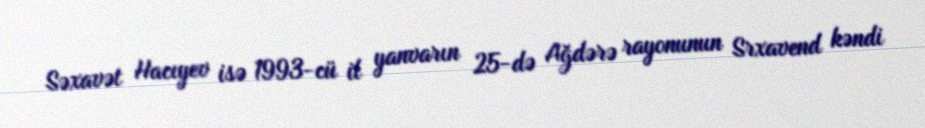
Səxavət Hacıyev isə 1993-cü il yanvarın 25-də Ağdərə rayonunun Srxavend kəndi